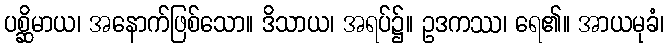
ပစ္ဆိမာယ၊ အနောက်ဖြစ်သော။ ဒိသာယ၊ အရပ်၌။ ဥဒကဿ၊ ရေ၏။ အာယမုခံ၊